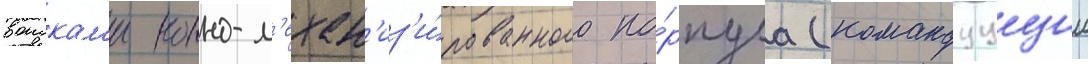
воискам'и конно-м'ехан'из'и́рованного ко́рпуса (командуущии